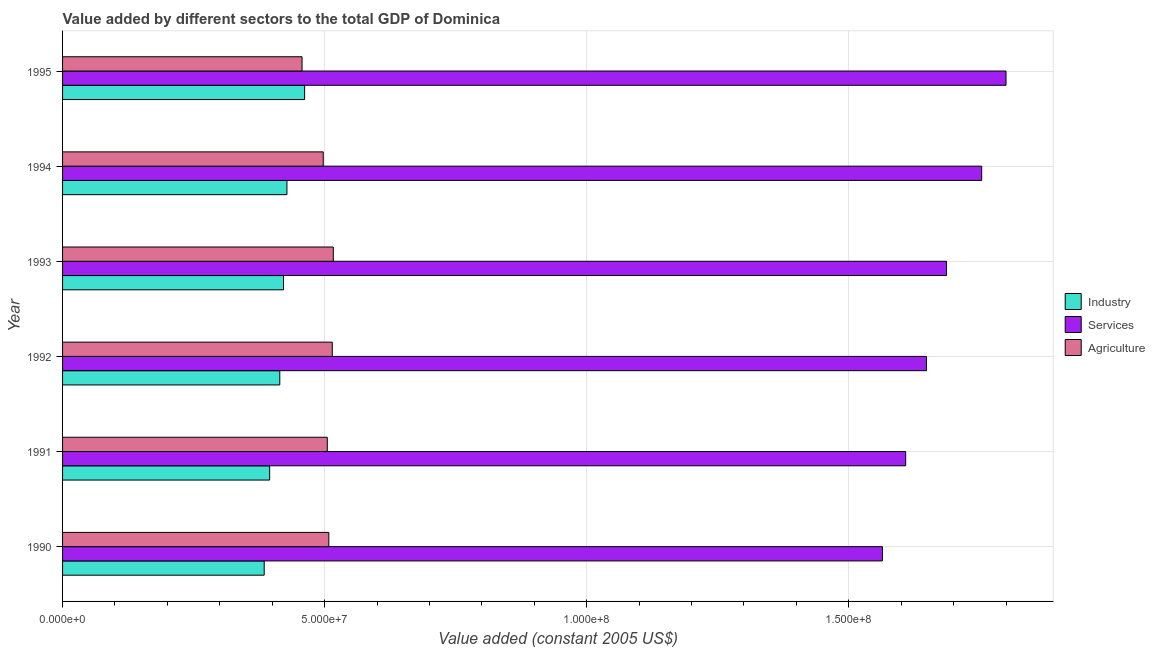
| Year | Industry | Services | Agriculture |
 | --- | --- | --- | --- |
 | 1990 | 3.85e+07 | 1.56e+08 | 5.08e+07 |
 | 1991 | 3.95e+07 | 1.61e+08 | 5.05e+07 |
 | 1992 | 4.14e+07 | 1.65e+08 | 5.15e+07 |
 | 1993 | 4.22e+07 | 1.69e+08 | 5.17e+07 |
 | 1994 | 4.28e+07 | 1.75e+08 | 4.97e+07 |
 | 1995 | 4.62e+07 | 1.8e+08 | 4.57e+07 |